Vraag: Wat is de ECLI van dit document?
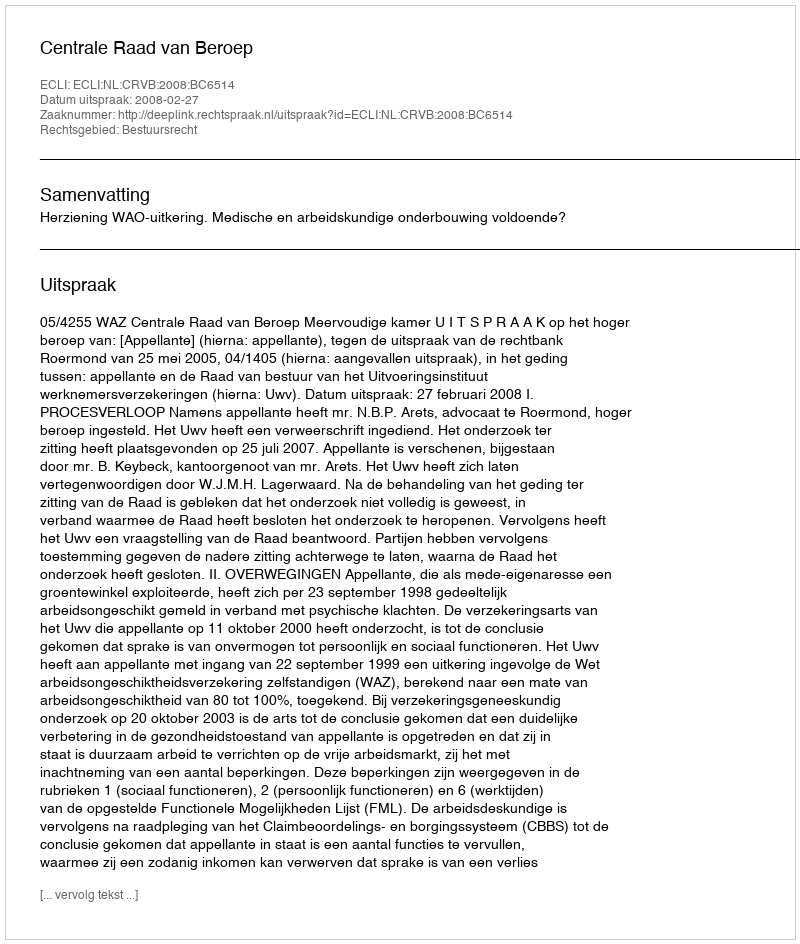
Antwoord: ECLI:NL:CRVB:2008:BC6514